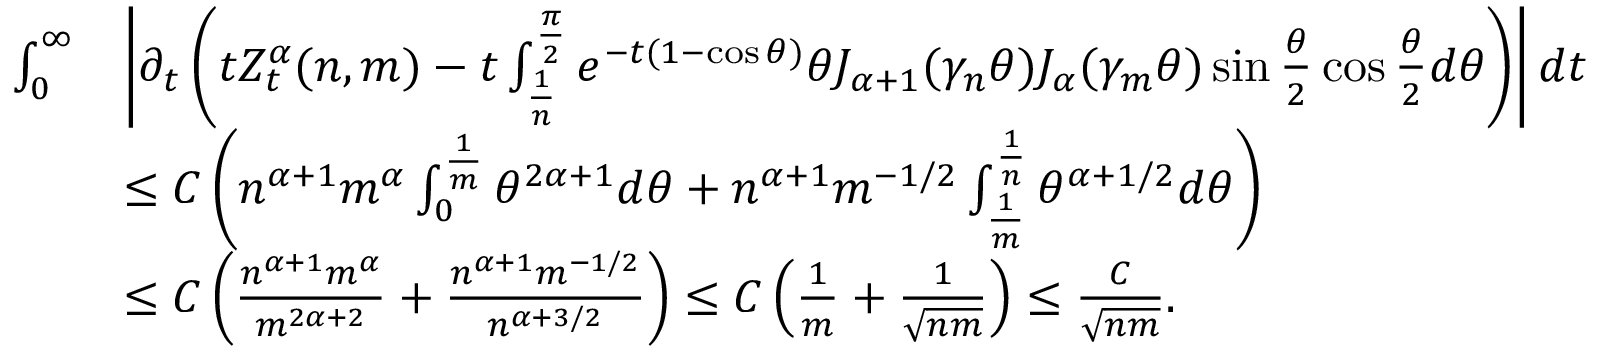
\begin{array} { r l } { \int _ { 0 } ^ { \infty } } & { \left| \partial _ { t } \left( t Z _ { t } ^ { \alpha } ( n , m ) - t \int _ { \frac { 1 } { n } } ^ { \frac { \pi } { 2 } } e ^ { - t ( 1 - \cos \theta ) } \theta J _ { \alpha + 1 } ( \gamma _ { n } \theta ) J _ { \alpha } ( \gamma _ { m } \theta ) \sin \frac { \theta } { 2 } \cos \frac { \theta } { 2 } d \theta \right) \right| d t } \\ & { \le C \left( n ^ { \alpha + 1 } m ^ { \alpha } \int _ { 0 } ^ { \frac { 1 } { m } } \theta ^ { 2 \alpha + 1 } d \theta + n ^ { \alpha + 1 } m ^ { - 1 / 2 } \int _ { \frac { 1 } { m } } ^ { \frac { 1 } { n } } \theta ^ { \alpha + 1 / 2 } d \theta \right) } \\ & { \le C \left( \frac { n ^ { \alpha + 1 } m ^ { \alpha } } { m ^ { 2 \alpha + 2 } } + \frac { n ^ { \alpha + 1 } m ^ { - 1 / 2 } } { n ^ { \alpha + 3 / 2 } } \right) \le C \left( \frac { 1 } { m } + \frac { 1 } { \sqrt { n m } } \right) \le \frac { C } { \sqrt { n m } } . } \end{array}